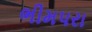
ભીમપરા